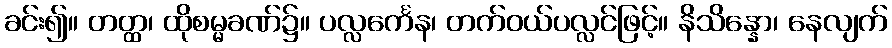
ခင်း၍။ တတ္ထ၊ ထိုစမ္မခဏ်၌။ ပလ္လင်္ကေန၊ တက်ဝယ်ပလ္လင်ဖြင့်။ နိသိန္နော၊ နေလျက်